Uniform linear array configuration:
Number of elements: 48
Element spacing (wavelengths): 0.25
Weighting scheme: exponential
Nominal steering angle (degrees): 30
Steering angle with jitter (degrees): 30.752
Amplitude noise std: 0.05
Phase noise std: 0.05

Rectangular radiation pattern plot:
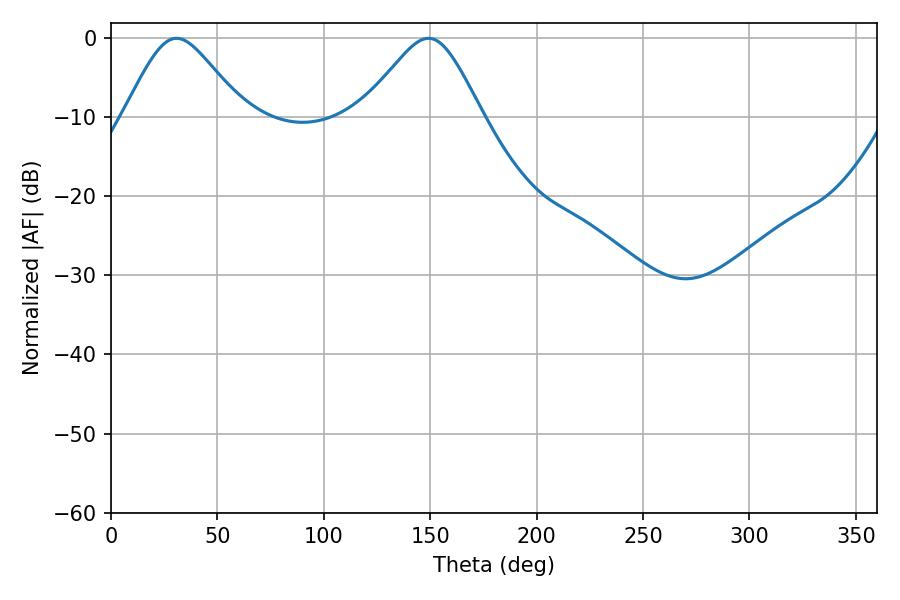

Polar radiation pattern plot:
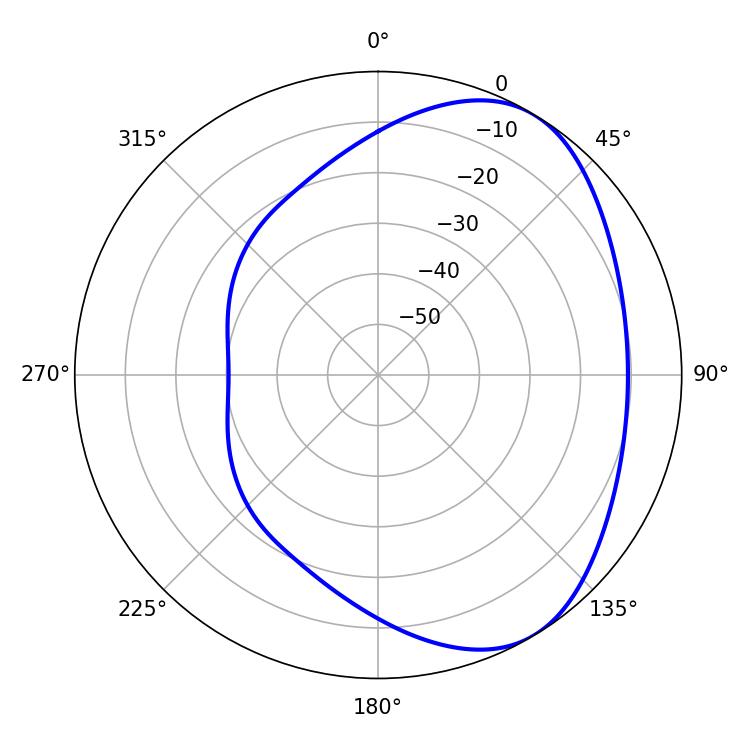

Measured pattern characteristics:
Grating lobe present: FALSE
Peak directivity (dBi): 4.809
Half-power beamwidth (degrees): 27.54
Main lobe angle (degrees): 30.78